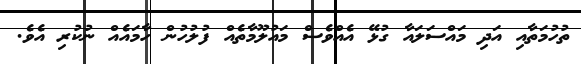
ތުހުމަތާއި އަދި މައްސަލައާ ގުޅޭ އެއްވެސް މައުލޫމާތެއް ފުލުހުން ހާމައެއް ނުކުރި އެވެ.